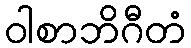
ဝါစာဘိဂီတံ